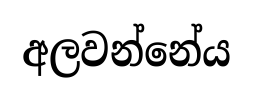
අලවන්නේය